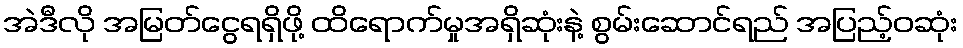
အဲဒီလို အမြတ်ငွေရရှိဖို့ ထိရောက်မှုအရှိဆုံးနဲ့ စွမ်းဆောင်ရည် အပြည့်ဝဆုံး